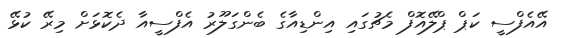
އޭއެފްސީ ކަޕް ޕްލޭއޮފް މެޗުގައި އިންޑިއާގެ ބެންގަލޫރު އެފްސީއާ ދެކޮޅަށް މިރޭ ކުޅޭ